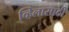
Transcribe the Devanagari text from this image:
व्हिलासाठी